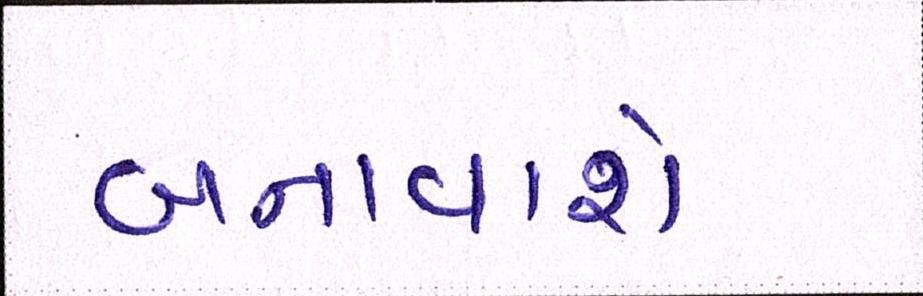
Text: બનાવાશે